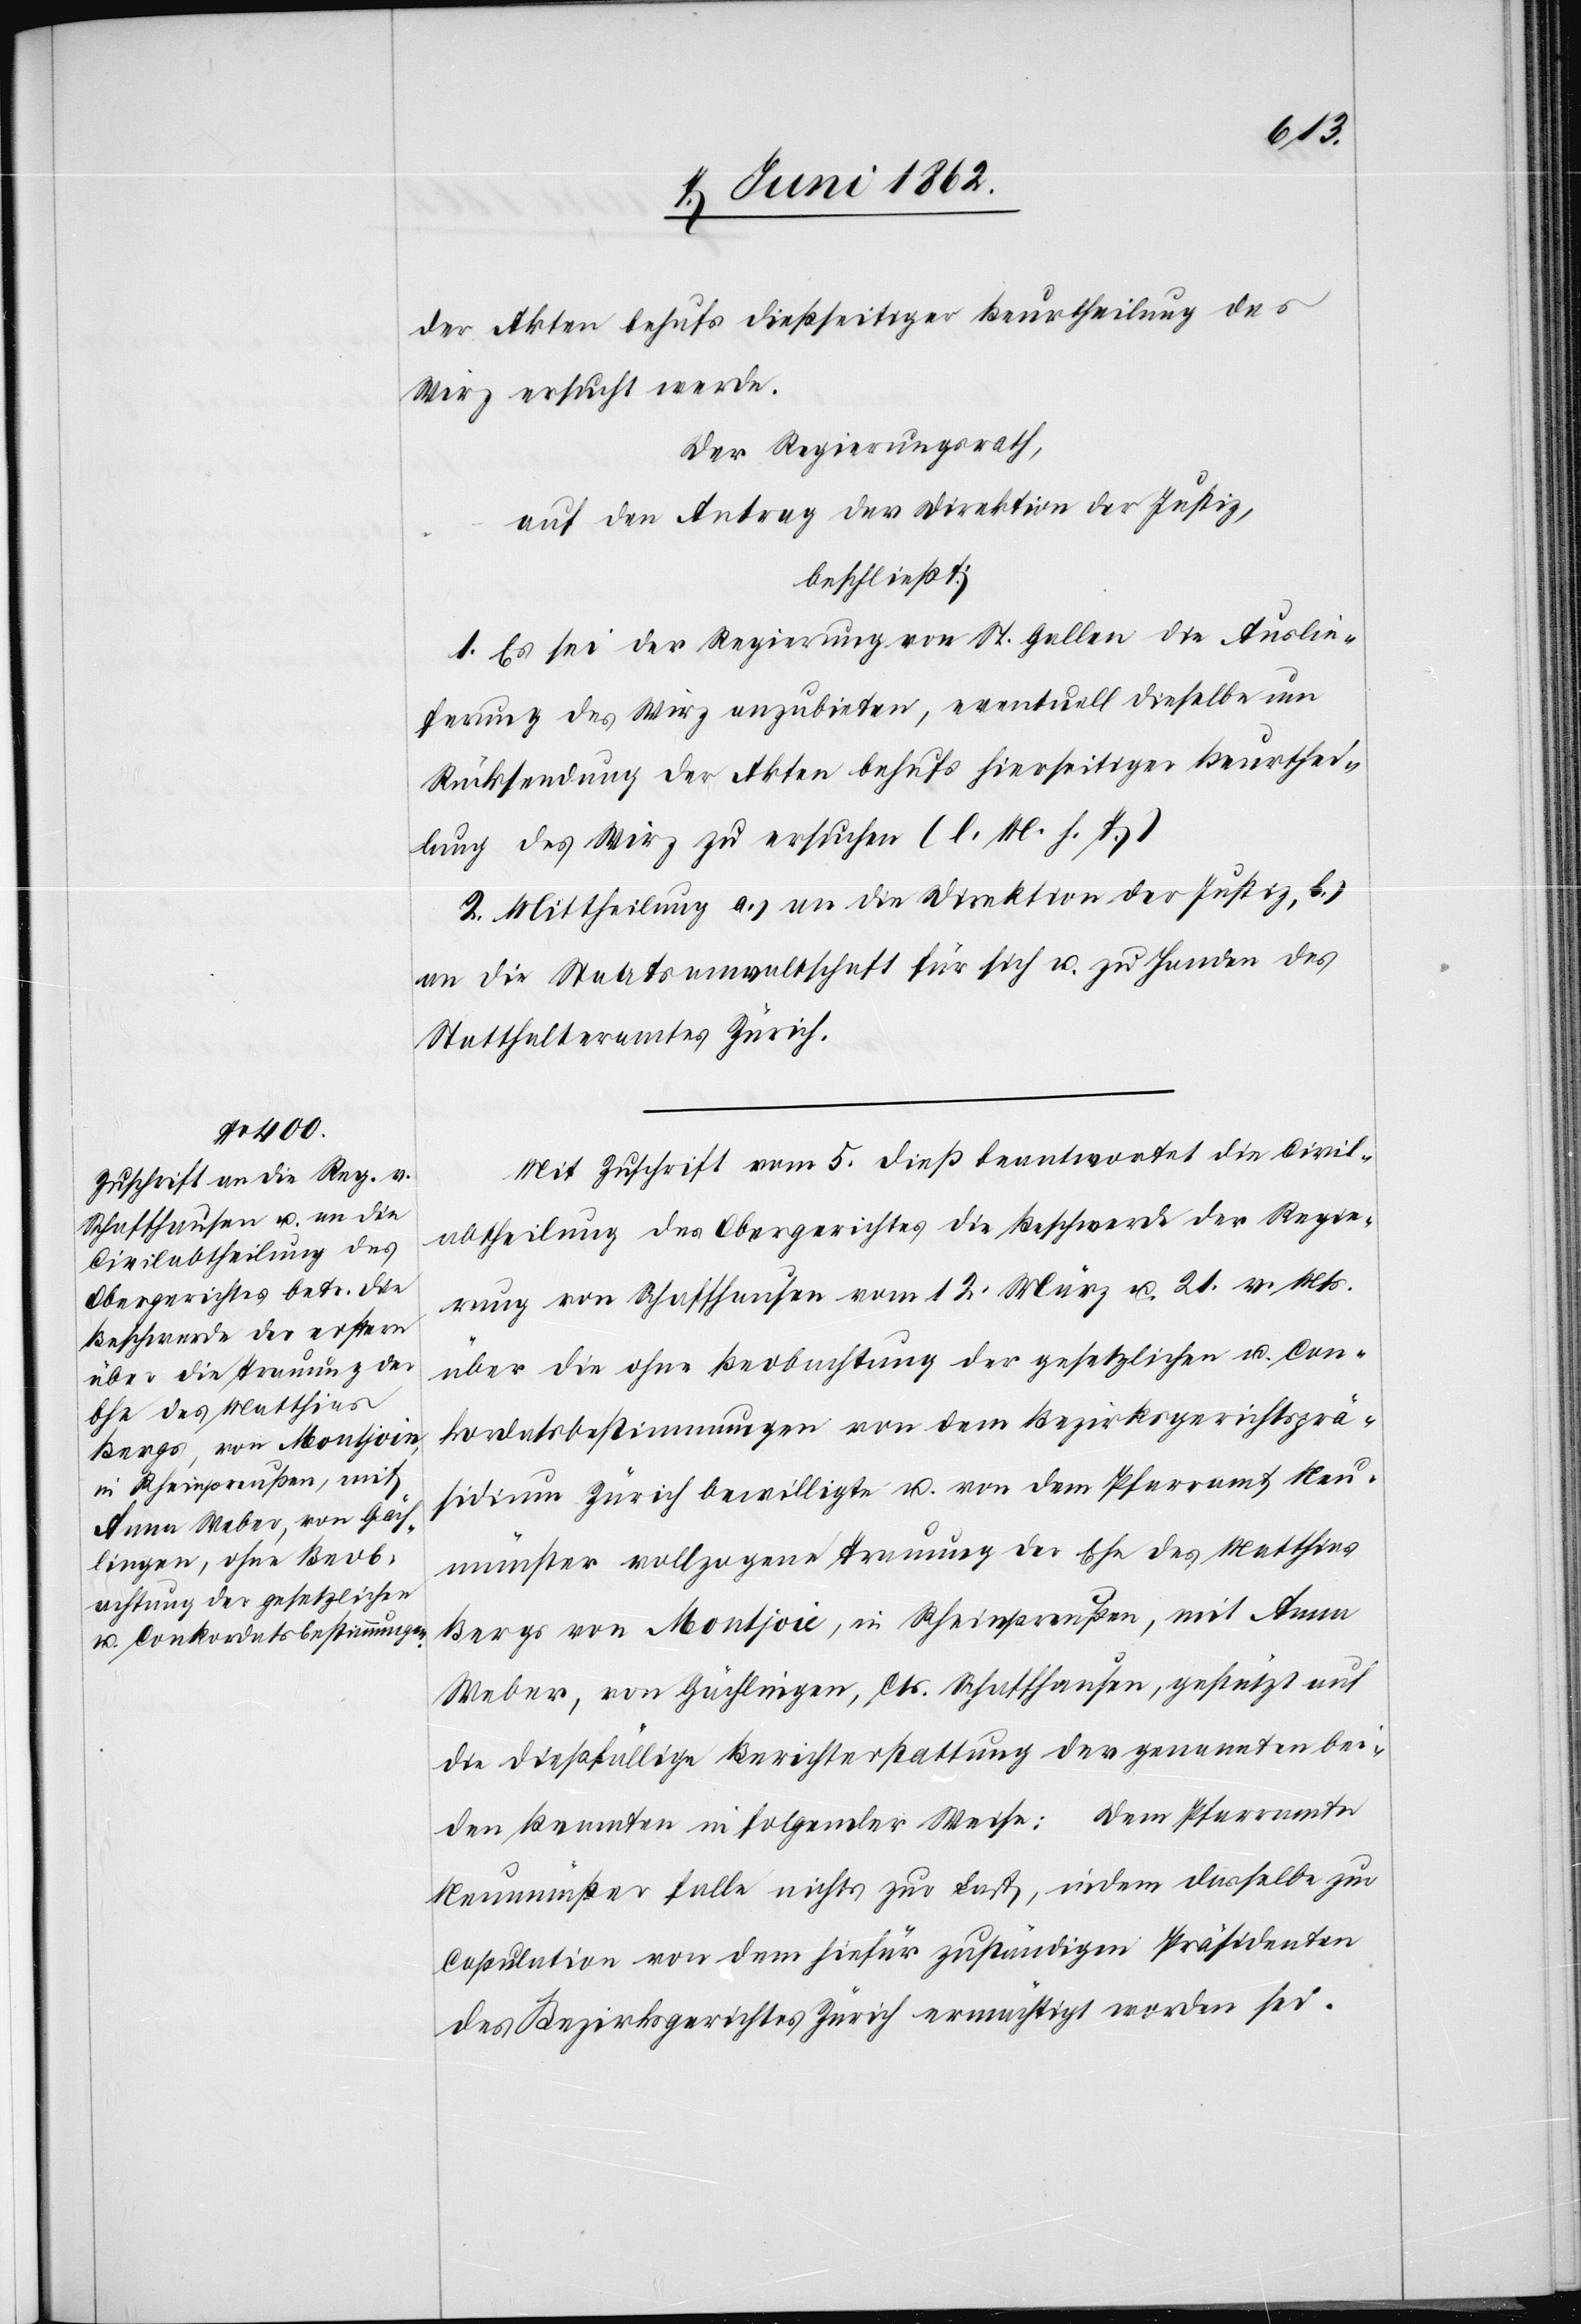
der Akten behufs dießseitiger Beurtheilung des
Wirz ersucht werde.
Der Regierungsrath,
auf den Antrag der Direktion der Justiz,
beschließt:
1. Es sei der Regierung von St. Gallen die Auslie¬
ferung des Wirz anzubieten, eventuell dieselbe um
Rücksendung der Akten behufs hierseitiger Beurthei¬
lung des Wirz zu ersuchen (l. M. h. T.).
2. Mittheilung a) an die Direktion der Justiz, b)
an die Staatsanwaltschaft für sich u. zu Handen des
Statthalteramtes Zürich.
Mit Zuschrift vom 5. dieß beantwortet die Civil¬
abtheilung des Obergerichtes die Beschwerde der Regie¬
rung von Schaffhausen vom 12. März u. 21. v. Mts.
über die ohne Beobachtung der gesetzlichen u. Con¬
kordatsbestimmungen von dem Bezirksgerichtsprä¬
sidium Zürich bewilligte u. von dem Pfarramt Neu¬
münster vollzogene Trauung der Ehe des Matthias
Bergs von Monjoie, in Rheinpreußen, mit Anna
Weber, von Gächlingen, Cts. Schaffhausen, gestützt auf
die dießfällige Berichterstattung der genannten bei¬
den Beamten in folgender Weise: Dem Pfarramte
Neumünster falle nichts zur Last, indem dasselbe zur
Copulation von dem hiefür zuständigen Präsidenten
des Bezirksgerichtes Zürich ermächtigt worden sei.